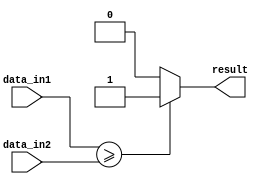
module greater_than_or_equal(
    input [31:0] data_in1,
    input [31:0] data_in2,
    output result
);

assign result = (data_in1 >= data_in2) ? 1'b1 : 1'b0;

endmodule